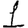
Digit: 1